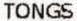
TONGS